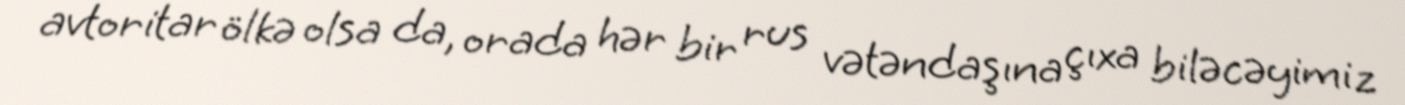
avtoritar ölkə olsa da, orada hər bir rus vətəndaşına çıxa biləcəyimiz